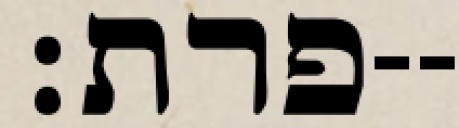
פרת׃--